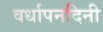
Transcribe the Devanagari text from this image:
वर्धापनदिनी